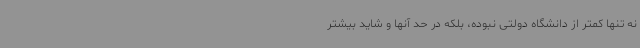
نه تنها کمتر از دانشگاه دولتی نبوده، بلکه در حد آنها و شاید بیشتر